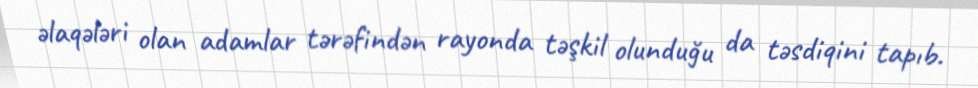
əlaqələri olan adamlar tərəfindən rayonda təşkil olunduğu da təsdiqini tapıb.